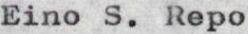
Eino S. Repo